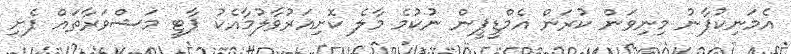
އެމަނިކުފާނު މިނިވަން ކުރަން އެމްޑީޕީން ނުުކުމެ މާލެ ކޮށިއަރުވާލުމާއެކު ޕާޓީ މަޝްވަރާތައް ފެށި